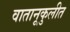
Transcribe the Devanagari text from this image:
वातानूकुलीत